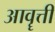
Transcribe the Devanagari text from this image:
आवॄत्ती